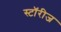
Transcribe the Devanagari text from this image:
स्टॉरीज